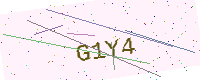
Text: G1Y4